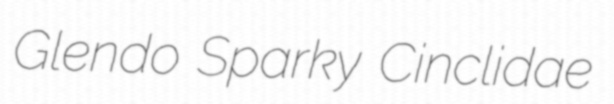
Glendo Sparky Cinclidae